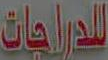
للدراجات